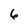
Character: 6